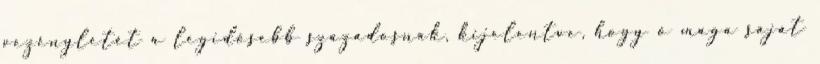
vezényletét a legidősebb századosnak, kijelentve, hogy ő maga saját